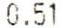
0.51